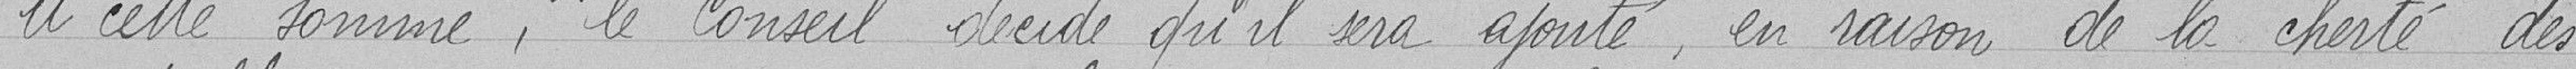
A cette somme, le Conseil décidé qu'il sera ajouté, en raison de la cherté des